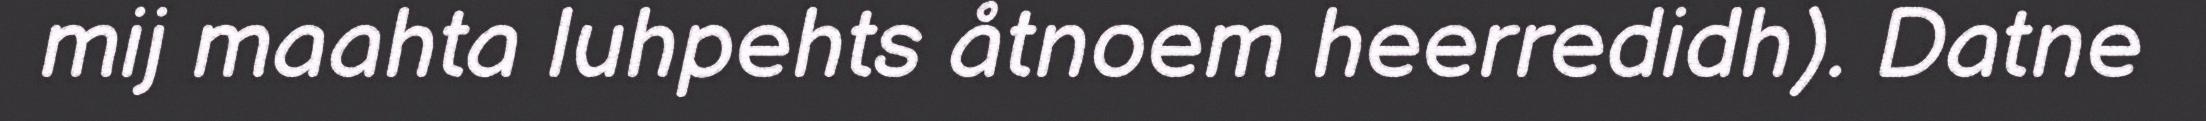
mij maahta luhpehts åtnoem heerredidh). Datne